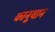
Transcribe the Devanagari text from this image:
कानूयान